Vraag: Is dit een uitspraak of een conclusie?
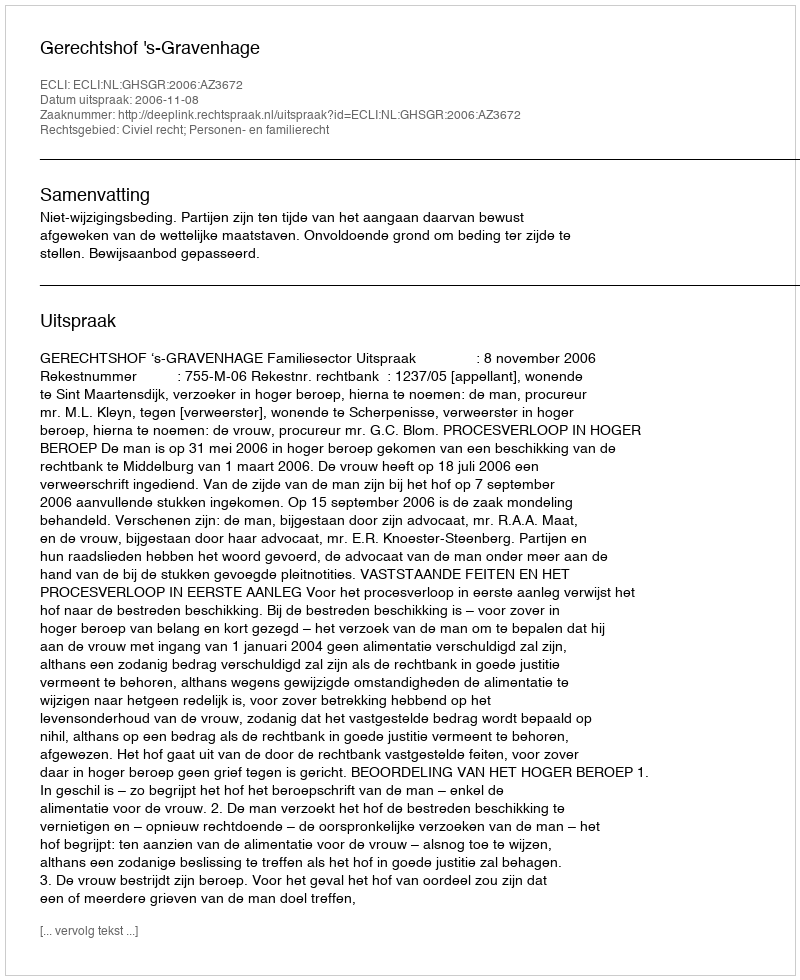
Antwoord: Uitspraak